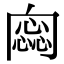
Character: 𠕫